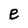
Character: e